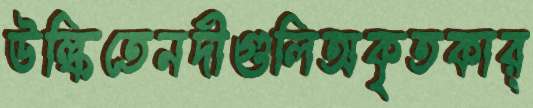
উল্কিতেনদীগুলিঅকৃতকার্